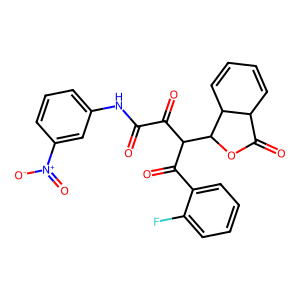
SMILES: O=C(Nc1cccc([N+](=O)[O-])c1)C(=O)C(C(=O)c1ccccc1F)C1OC(=O)C2C=CC=CC21
Inhibits HIV replication: No